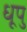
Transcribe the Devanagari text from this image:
धूपु